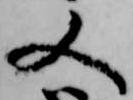
又